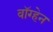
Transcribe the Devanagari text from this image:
वाॅग्हेन